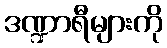
ဒဏ္ဍာရီများကို